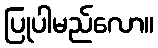
ပြုပါမည်လော။